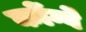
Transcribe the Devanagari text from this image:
कोंग्वे